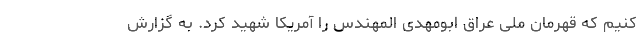
کنیم که قهرمان ملی عراق ابومهدی المهندس را آمریکا شهید کرد. به گزارش